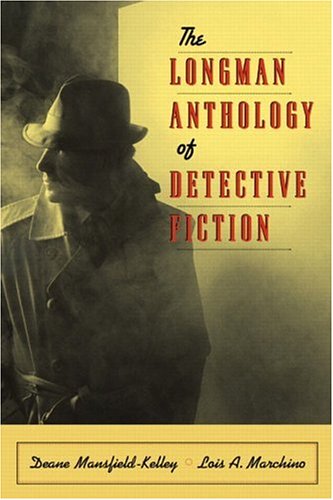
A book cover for The Longman Anthology of Detective Fiction; Deane Mansfield-Kelley; Mystery, Thriller & Suspense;